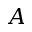
A